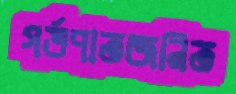
গর্ভপাতজনিত